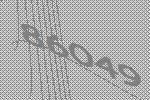
86049